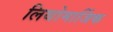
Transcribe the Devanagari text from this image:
लिथोमार्जिक